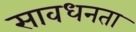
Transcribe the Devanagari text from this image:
सावधनता